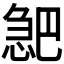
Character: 𪬎